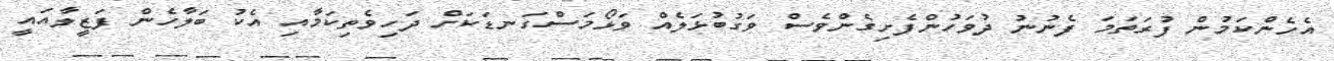
އެހެންކަމުން ފުރަތަމަ ފެނުނު ދުވަހުންފެށިގެންވެސް ވަގުބުޅަލެއް ވަޅޯމަސްގަނޑަކަށް ދަހިވެތިކަމާއި އެކު ބަލާހެން ފަޒީލާއައީ